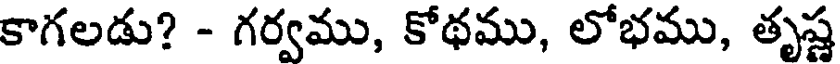
కాగలడు? - గర్వము, కోథము, లోభము, తృష్ణ